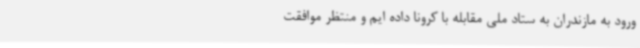
ورود به مازندران به ستاد ملی مقابله با کرونا داده ایم و منتظر موافقت